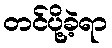
တင်ပို့ခဲ့ရာ